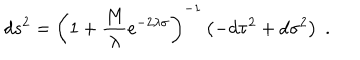
d s ^ { 2 } = { \left( 1 + { \frac { M } { \lambda } } e ^ { - 2 \lambda \sigma } \right) } ^ { - 1 } \left( - d \tau ^ { 2 } + d \sigma ^ { 2 } \right) \; .